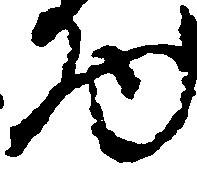
物